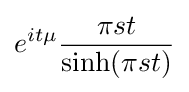
e^{it\mu }{\frac {\pi st}{\sinh(\pi st)}}